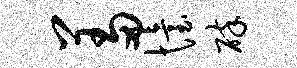
羞怡碎